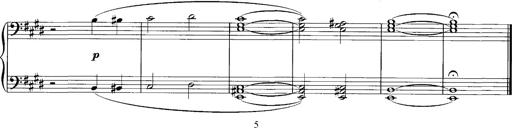
Title: Schlaflos! Frage und Antwort
Composer: Franz Liszt